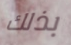
بذلك